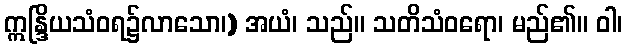
ဣန္ဒြိယသံဝရ၌လာသော၊) အယံ၊ သည်။ သတိသံဝရော၊ မည်၏။ ဝါ၊